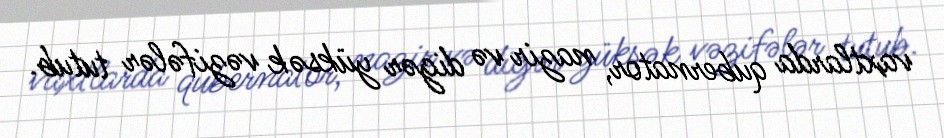
vaxtlarda qubernator, nazir və digər yüksək vəzifələr tutub.